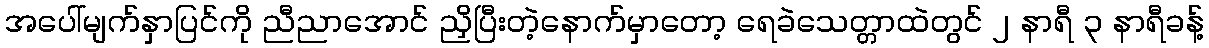
အပေါ်မျက်နှာပြင်ကို ညီညာအောင် ညှိပြီးတဲ့နောက်မှာတော့ ရေခဲသေတ္တာထဲတွင် ၂ နာရီ ၃ နာရီခန့်